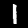
Label: 1